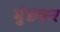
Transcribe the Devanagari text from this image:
मुंडकर